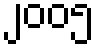
၂၀၀၅